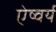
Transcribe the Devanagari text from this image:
ऐष्वर्य